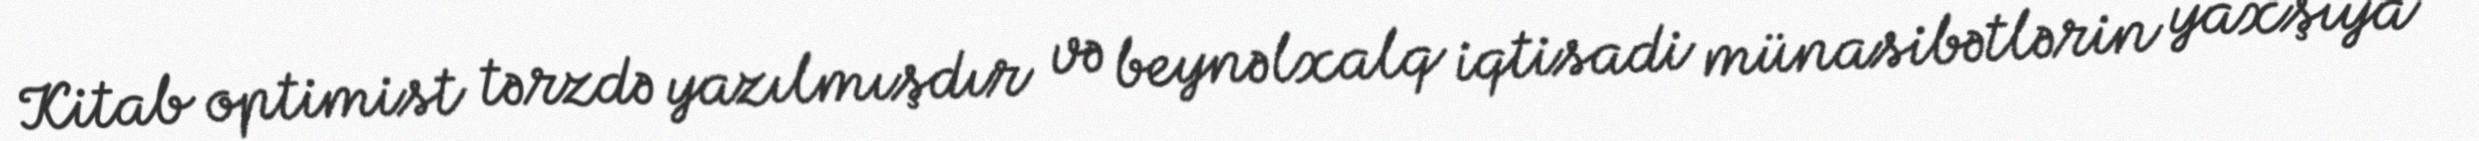
Kitab optimist tərzdə yazılmışdır və beynəlxalq iqtisadi münasibətlərin yaxşıya